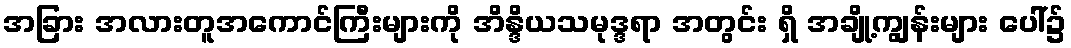
အခြား အလားတူအကောင်ကြီးများကို အိန္ဒိယသမုဒ္ဒရာ အတွင်း ရှိ အချို့ကျွန်းများ ပေါ်၌